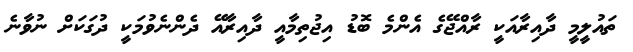
ތައުލީމީ ދާއިރާއަކީ ރާއްޖޭގެ އެންމެ ބޮޑު އިޖުތިމާއީ ދާއިރާއޭ ދެންނެވުމަކީ ދުގަކަށް ނުވާނެ